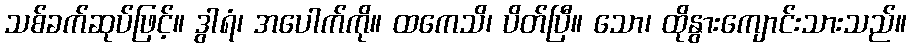
သစ်ခက်ဆုပ်ဖြင့်။ ဒွါရံ၊ အပေါက်ကို။ ထကေသိ၊ ပိတ်ပြီ။ သော၊ ထိုနွားကျောင်းသားသည်။